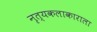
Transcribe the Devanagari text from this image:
नृत्यकलाकाराला